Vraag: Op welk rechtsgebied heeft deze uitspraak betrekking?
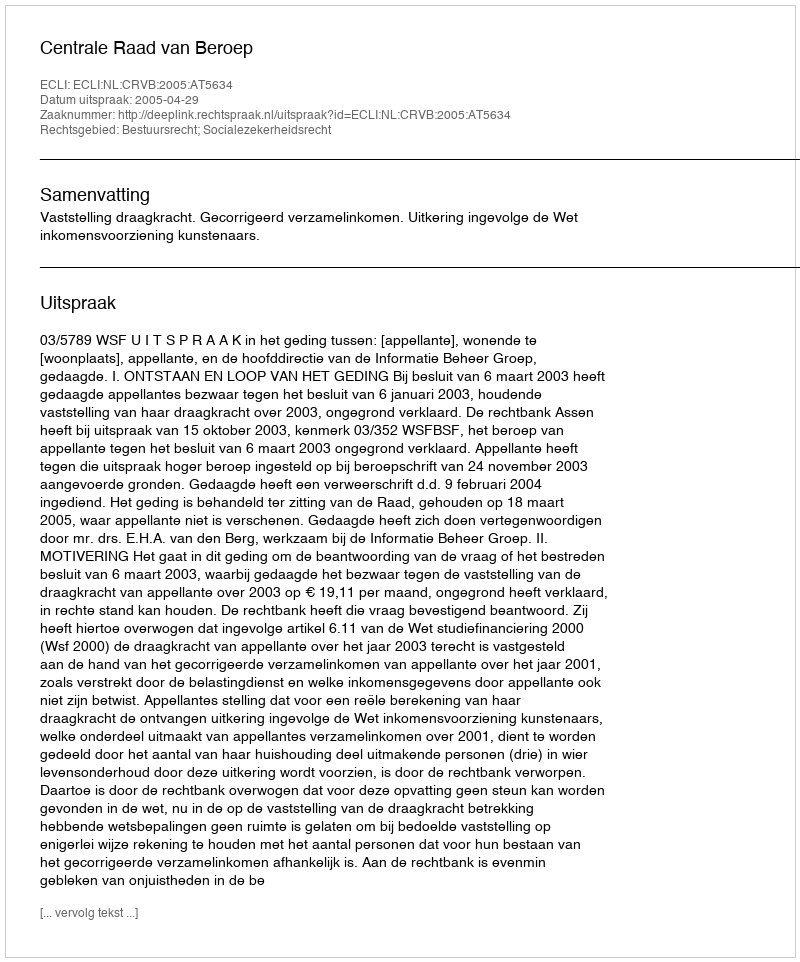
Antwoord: Bestuursrecht; Socialezekerheidsrecht